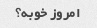
امروز خوبه؟